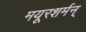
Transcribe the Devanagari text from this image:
मयूरशर्मन्